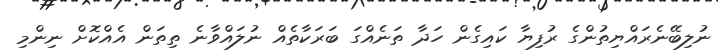
ނުލިބޭނެރައްޔިތުންގެ ރުފިޔާ ކައިގެން ހަދާ ތަނެއްގަ ބަރަކާތެއް ނުލައްވާނެ ތިތަން އެއްކޮށް ނިންމި